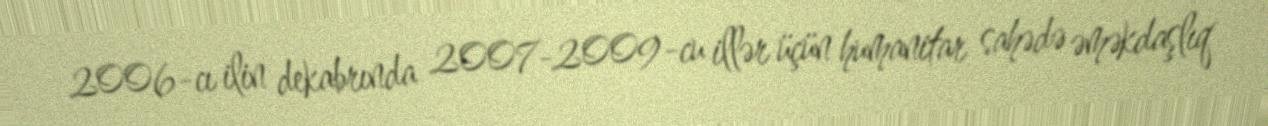
2006-cı ilin dekabrında 2007-2009-cu illər üçün humanitar sahədə əməkdaşlıq